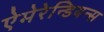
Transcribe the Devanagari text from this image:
ऐमेरेन्डियन्स